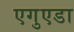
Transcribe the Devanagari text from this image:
एगुएडा